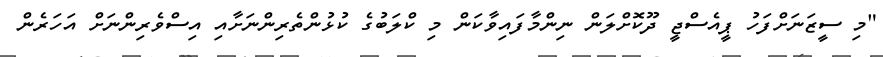
"މި ސީޒަނަށްފަހު ޕީއެސްޖީ ދޫކޮށްލަން ނިންމާފައިވާކަން މި ކްލަބުގެ ކުޅުންތެރިންނަށާއި އިސްވެރިންނަށް އަހަރެން